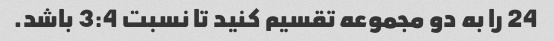
24 را به دو مجموعه تقسیم کنید تا نسبت 3:4 باشد.